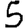
Digit: 5